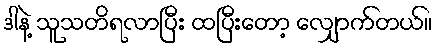
ဒါနဲ့ သူသတိရလာပြီး ထပြီးတော့ လျှောက်တယ်။